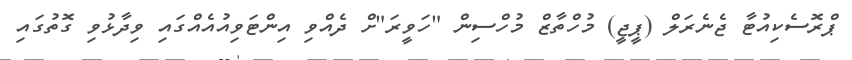
ޕްރޮސެކިއުޓާ ޖެނެރަލް (ޕީޖީ) މުހްތާޒް މުހްސިން "ހަވީރަ"ށް ދެއްވި އިންޓަވިއުއެއްގައި ވިދާޅުވި ގޮތުގައި